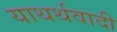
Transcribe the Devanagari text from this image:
याथर्थवादी